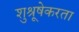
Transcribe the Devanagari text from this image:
शुश्रूषेकरता